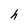
Character: h